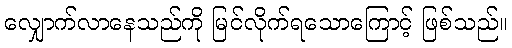
လျှောက်လာနေသည်ကို မြင်လိုက်ရသောကြောင့် ဖြစ်သည်။